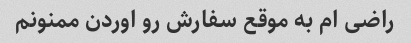
راضی ام به موقع سفارش رو اوردن ممنونم